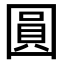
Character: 圓